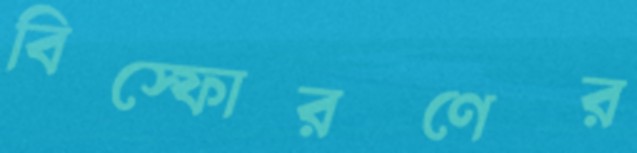
বিস্ফোরণের